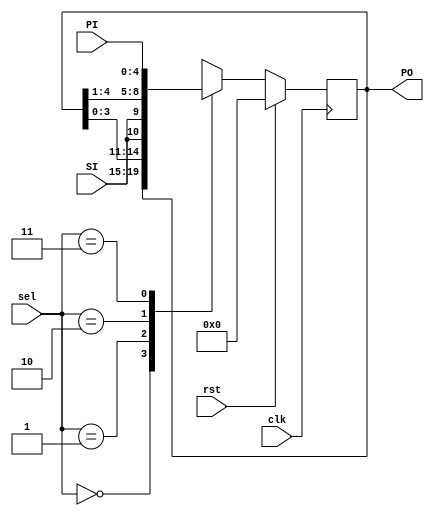
/**************************************************
P1.1 5-bit UNIVERSAL SHIFT REGISTER
************************************************/

module USR(PO,PI,sel,clk,rst,SI);
	input [1:0] sel;
	input [4:0] PI;
	input  clk, rst,SI;
	output reg[4:0] PO; 
	
	
	always@(posedge clk)
	if (rst) 
		PO <= 5'd0;
	else begin case(sel)
	
			2'b00 : PO <= PO;
			2'b01 : PO <= {PO[3:0],SI};
			2'b10 : PO <= {SI,PO[4:1]};
			2'b11 : PO <= PI;  
			default : PO <= 0;
	
		endcase
		end
	assign SO = (sel == 2'b01) ? PO[4] : PO[0] ;

	
endmodule